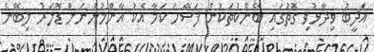
އަދީބު ވިދާޅުވި ގޮތުގައި ބޭންކުތަކުން ފަސޭހަ ކަމާ އެކު އާންމުންނަށް ޑޮލަރު ލިބޭނެ